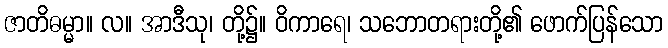
ဇာတိဓမ္မာ။ လ။ အာဒီသု၊ တို့၌။ ဝိကာရေ၊ သဘောတရားတို့၏ ဖောက်ပြန်သော